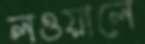
লওয়ালে